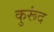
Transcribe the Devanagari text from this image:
कुरूंद